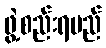
ဖွဲ့စည်းရမည်